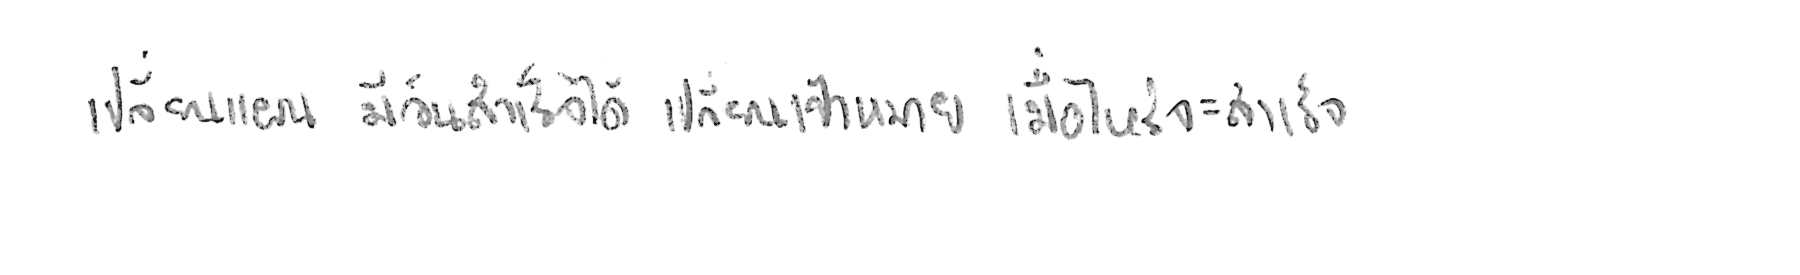
เปลี่ยนแผน มีวันสำเร็จได้ เปลี่ยนเป้าหมาย เมื่อไหร่จะสำเร็จ